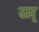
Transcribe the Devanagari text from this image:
व्म